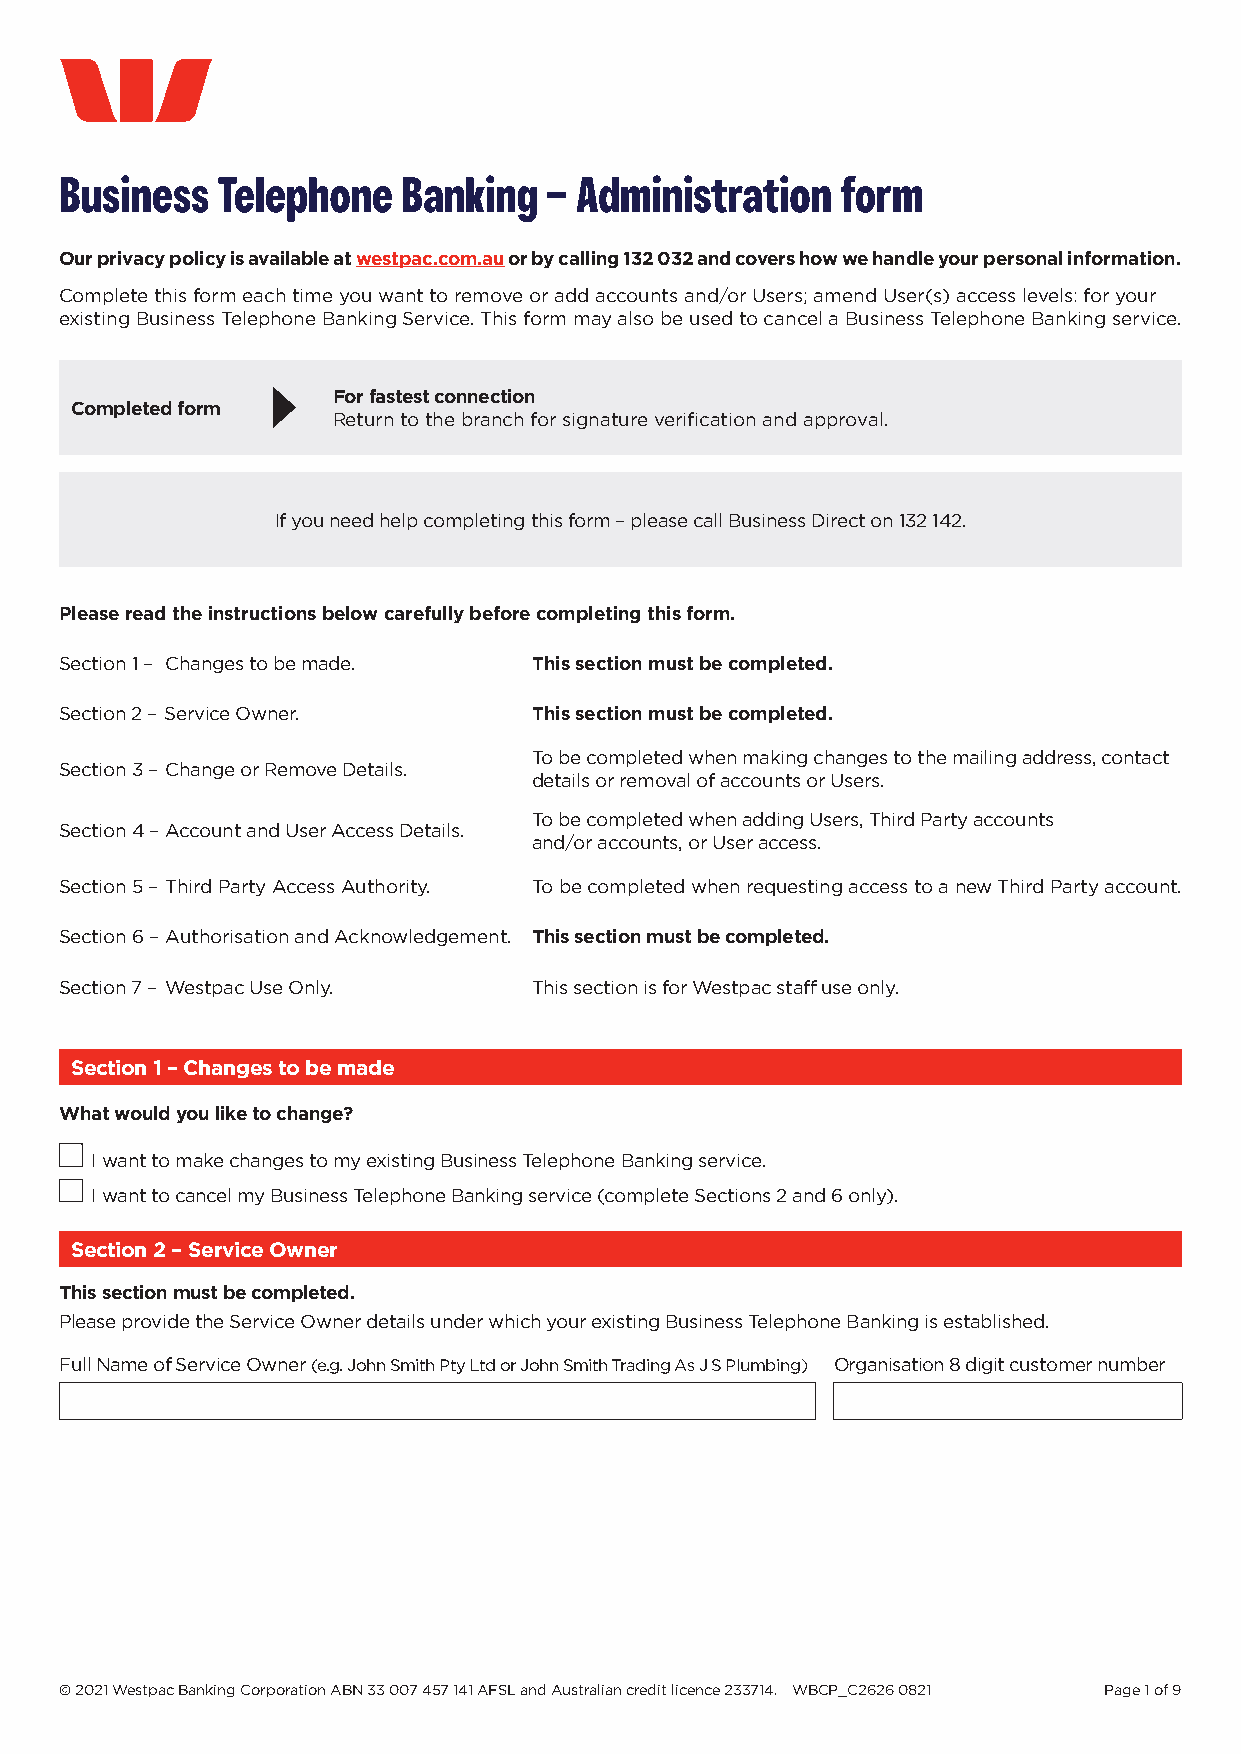
Business  Telephone    Banking  – Administration    form
 Our privacy policy is available at westpac.com.au or by calling 132 032 and covers how we handle your personal information.
 Complete this form each time you want to remove or add accounts and/or Users; amend User(s) access levels: for your
 existing Business Telephone Banking Service. This form may also be used to cancel a Business Telephone Banking service.
 For fastest connection
 Completed form
 Return to the branch for signature verification and approval.
 If you need help completing this form – please call Business Direct on 132 142.
 Please read the instructions below carefully before completing this form.
 Section 1 – Changes to be made. This section must be completed.
 Section 2 – Service Owner.     This section must be completed.
 To be completed when making changes to the mailing address, contact
 Section 3 – Change or Remove Details.
 details or removal of accounts or Users.
 To be completed when adding Users, Third Party accounts
 Section 4 – Account and User Access Details.
 and/or accounts, or User access.
 Section 5 – Third Party Access Authority. To be completed when requesting access to a new Third Party account.
 Section 6 – Authorisation and Acknowledgement. This section must be completed.
 Section 7 – Westpac Use Only.  This section is for Westpac staff use only.
 Section 1 – Changes to be made
 What would you like to change?
 I want to make changes to my existing Business Telephone Banking service.
 I want to cancel my Business Telephone Banking service (complete Sections 2 and 6 only).
 Section 2 – Service Owner
 This section must be completed.
 Please provide the Service Owner details under which your existing Business Telephone Banking is established.
 Full Name of Service Owner (e.g. John Smith Pty Ltd or John Smith Trading As J S Plumbing) Organisation 8 digit customer number
 © 2021 Westpac Banking Corporation ABN 33 007 457 141 AFSL and Australian credit licence 233714. WBCP_C2626 0821 Page 1 of 9